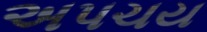
અપચય